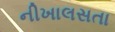
નીખાલસતા